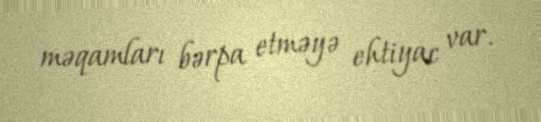
məqamları bərpa etməyə ehtiyac var.